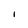
Character: I